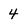
Character: 4